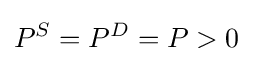
P^{S}=P^{D}=P>0